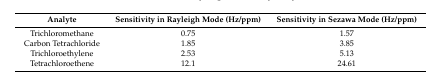
| Analyte | Sensitivity in Rayleigh Mode (Hz/ppm) | Sensitivity in Sezawa Mode (Hz/ppm) |
 | --- | --- | --- |
 | Trichloromethane | 0.75 | 1.57 |
 | Carbon Tetrachloride | 1.85 | 3.85 |
 | Trichloroethylene | 2.53 | 5.13 |
 | Tetrachloroethene | 12.1 | 24.61 |